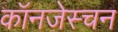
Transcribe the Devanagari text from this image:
कॉनजेस्चन